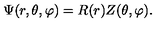
\Psi ( r , \theta , \varphi ) = R ( r ) Z ( \theta , \varphi ) .